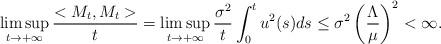
LaTeX: \begin{align*}\limsup_{t\rightarrow+\infty} \dfrac{<M_t,M_t>}{t}=\limsup_{t\rightarrow+\infty} \dfrac{\sigma^2}{t}\int_0^t u^2(s)ds\leq \sigma^2\left( \dfrac{\Lambda}{\mu}\right)^2<\infty.\end{align*}